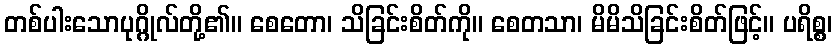
တစ်ပါးသောပုဂ္ဂိုလ်တို့၏။ စေတော၊ သိခြင်းစိတ်ကို။ စေတသာ၊ မိမိသိခြင်းစိတ်ဖြင့်။ ပရိစ္စ၊